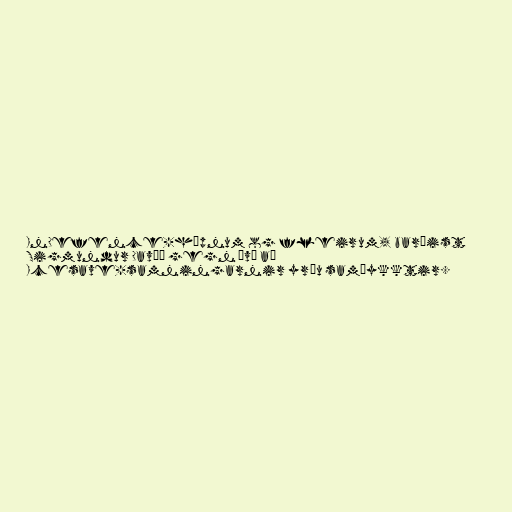
InDefence-hópnum og fleirum, barðist
Sigmundur Davíð gegn því að
Icesave-samningarnir yrðu samþykktir.